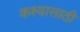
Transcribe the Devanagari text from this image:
कश्यासाठी